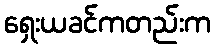
ရှေးယခင်ကတည်းက